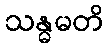
သန္ဓမတိ